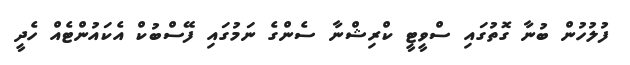
ފުލުހުން ބުނާ ގޮތުގައި ސްވީޓީ ކްރިޝްނާ ސެންގެ ނަމުގައި ފޭސްބުކް އެކައުންޓެއް ހެދީ